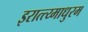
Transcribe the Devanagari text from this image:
इरात्त्य्माधुरम